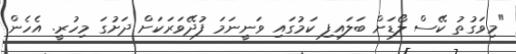
"މިވަގުތު ކޭސް ލޯޑަށް ބަލައިފި ކަމުގައި ވަނީނަމަ ފުދޭވަރަކަށް ދަށުގަ މިހުރީ. އެހެން